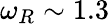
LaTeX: \omega_{R}\sim 1.3